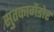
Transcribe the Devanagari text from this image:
सुतकागेंडोर